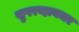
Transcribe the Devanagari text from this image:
सुपरव्हायजर